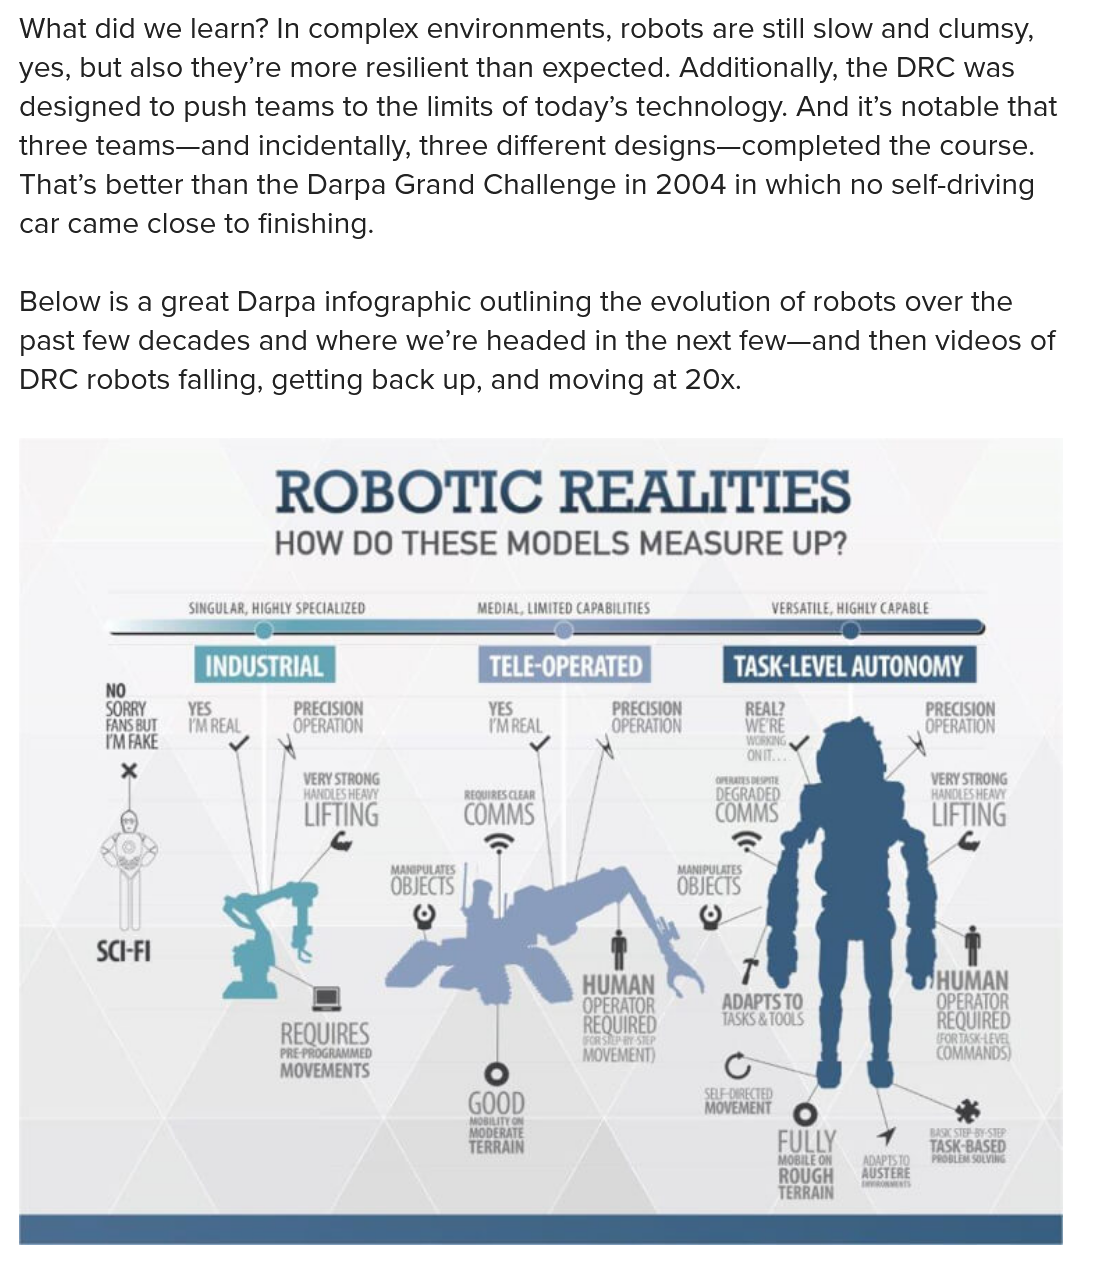
ROBOTIC    REALITIES
     HOW    DO   THESE    MODELS    MEASURE    UP?

     ‘SINGULAR, HIGHLY SPECIALIZED MEDIAL, LIMITED CAPABILITIES  VERSATILE, HIGHLY CAPABLE
  a O———
     EEE
  ee
     Tin    fata)    Peta
     NO
     SORRY    YES    PRECISION    YES    PRECISION    REAL?    PRECISION
     FANS BUT VM REAL    OPERATION    (MEAL    OPERATION    WERE    OPERATION
     IMFAKE    YX    a
     |    ‘STRONG    VERY STRONG
     |  HANDLES HEAVY    HANDLES HEAVY
     \
  |
     UFTING    LIFTING
     ass    \}    A
     ¢
     sy
     SciFi    t
     UMAN
     REQUIRED
     REQUIRES    ac
     MOVEMENTS    Cc
     SELF-DIRECTED    Thane
     ee    ae
     _*.
     TERRAIN    FULLY    7%
     task
     ‘MOBILE ON  1  ‘PROBLEM SOL
   What  did   we learn?    In complex    environments,    robots  are  still  slow   and   clumsy,
  yes,   but  also  they’re    more resilient    than   expected.    Additionally,    the  DRC    was
   designed    to  push   teams  to   the limits   of  today’s   technology.    And it’s   notable    that
  three   teams—and    incidentally,    three   different   designs—completed    the  course.
   That’s   better  than   the  Darpa    Grand    Challenge    in 2004  in   which    no self-driving
   car  came close   to    finishing.
   Below    is a great   Darpa    infographic    outlining   the  evolution    of robots    over  the
   past  few   decades    and   where    we’re    headed  in    the  next   few—and   then   videos    of
   DRC robots    falling,    getting   back   up,  and   moving    at 20x.
     OBOTIC    REALITIES